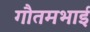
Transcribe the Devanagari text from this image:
गौतमभाई